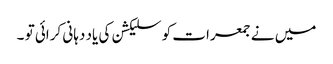
میں نے جمعرات کو سلیکشن کی یاد دہانی کرائی تو ۔